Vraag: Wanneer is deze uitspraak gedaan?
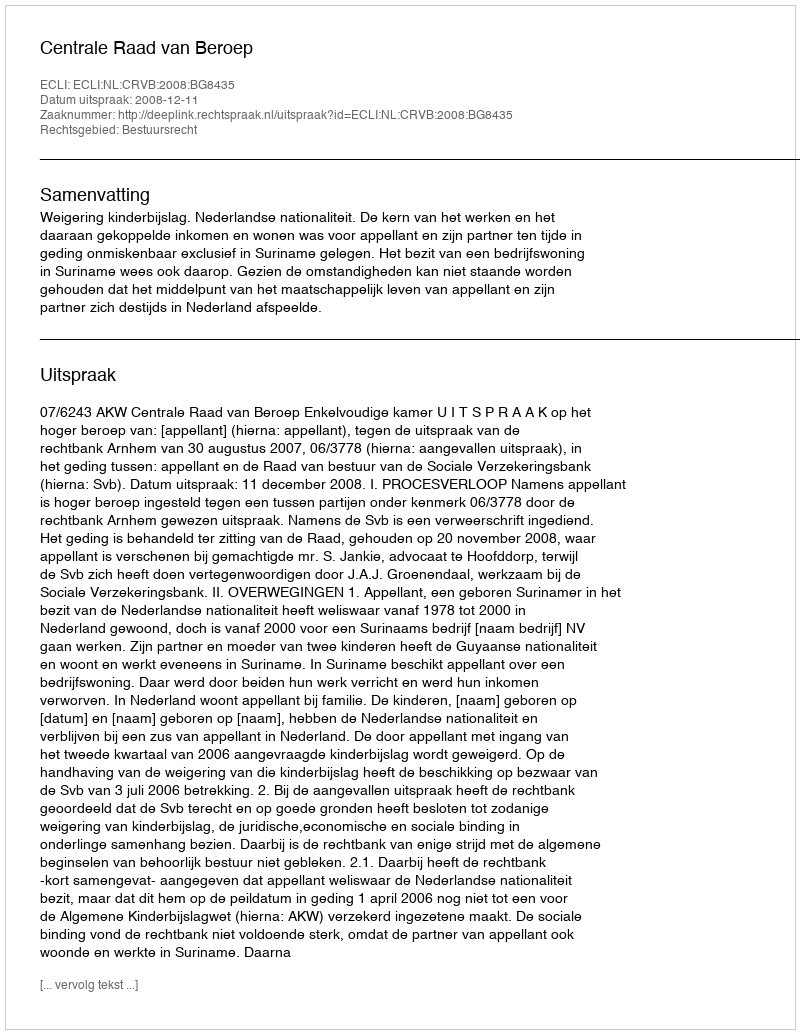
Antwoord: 2008-12-11